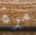
مرة